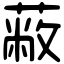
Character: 蔽